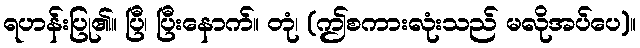
ရဟန်းပြု၏။ ပြီ၊ ပြီးနောက်။ တုံ၊ (ဤစကားလုံးသည် မလိုအပ်ပေ)။